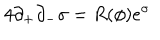
LaTeX: 4 \partial _ { + } \partial _ { - } \sigma = R ( \phi ) e ^ { \sigma }